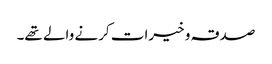
صدقہ و خیرات کرنے والے تھے۔